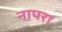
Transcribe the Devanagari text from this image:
नापरा